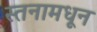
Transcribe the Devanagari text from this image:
स्तनामधून